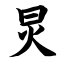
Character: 炅